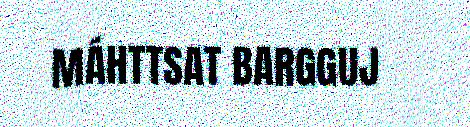
MÁHTTSAT BARGGUJ